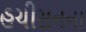
હચીસનના